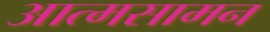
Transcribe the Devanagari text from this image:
आत्मसामन